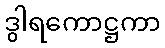
ဒွါရကောဋ္ဌကာ